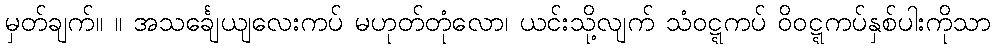
မှတ်ချက်။ ။ အသင်္ချေယျလေးကပ် မဟုတ်တုံလော၊ ယင်းသို့လျက် သံဝဋ္ဋကပ် ဝိဝဋ္ဋကပ်နှစ်ပါးကိုသာ